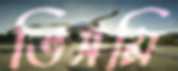
ভিসমি